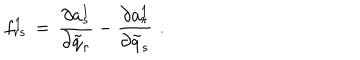
LaTeX: f _ { r s } ^ { 1 } \, = \, { \frac { \partial a _ { s } ^ { 1 } } { \partial { \tilde { q } } _ { r } } } - { \frac { \partial a _ { r } ^ { 1 } } { \partial { \tilde { q } } _ { s } } } \, \, .